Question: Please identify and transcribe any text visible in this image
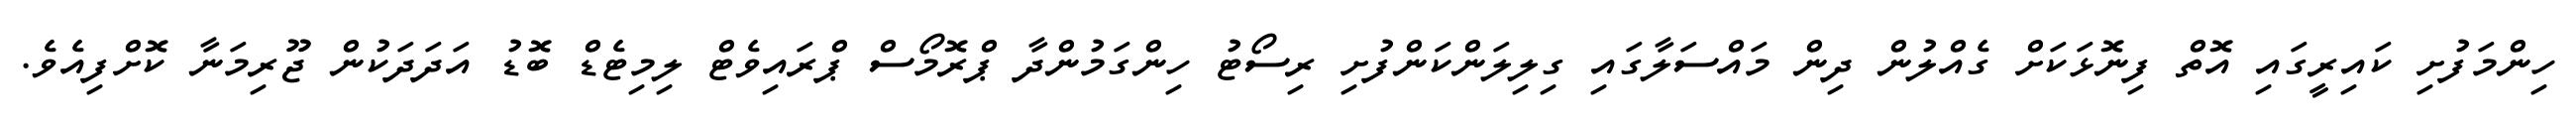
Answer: ހިންމަފުށި ކައިރީގައި އޮތް ފިނޮޅަކަށް ގެއްލުން ދިން މައްސަލާގައި ގިލިލަންކަންފުށި ރިސޯޓު ހިންގަމުންދާ ޕްރޮމޯސް ޕްރައިވެޓް ލިމިޓެޑް ބޮޑު އަދަދަކުން ޖޫރިމަނާ ކޮށްފިއެވެ.